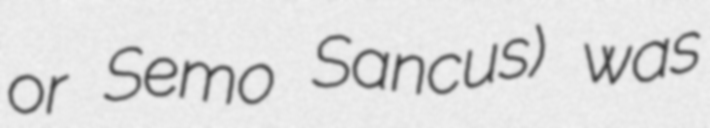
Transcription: or Semo Sancus) was